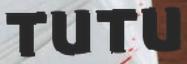
TUTU